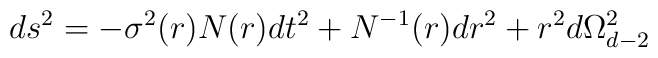
ds^2=-\sigma^2(r)N(r)dt^2+N^{-1}(r)dr^2+r^2 d\Omega_{d-2}^2